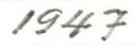
1947